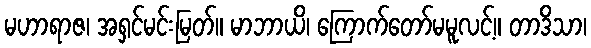
မဟာရာဇ၊ အရှင်မင်းမြတ်။ မာဘာယိ၊ ကြောက်တော်မမူလင့်။ တာဒိသာ၊